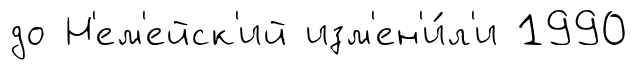
до Н'ем'ейск'ий изм'ен'и́л'и 1990